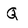
Character: Q